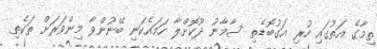
ތިމާގެ އަތުގައި ހުރި އަގުބޮޑެތި ސާމާނު ދޫކޮށްލާ ހަމައެކަނި ބޭނުންވާ މިންވަރަށް ތަކެތި